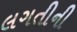
લગતીની